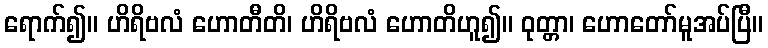
ရောက်၍။ ဟိရိဗလံ ဟောတီတိ၊ ဟိရိဗလံ ဟောတိဟူ၍။ ဝုတ္တာ၊ ဟောတော်မူအပ်ပြီ။